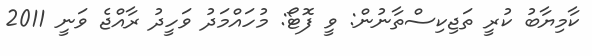
ކާމިޔާބު ކުރީ ތަޖިކިސްތާނުން: ވީ ފޮޓޯ: މުހައްމަދު ވަހީދު ރާއްޖެ ވަނީ 2011